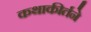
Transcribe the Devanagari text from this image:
कथाकीर्तने